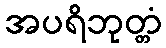
အပရိဘုတ္တံ